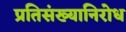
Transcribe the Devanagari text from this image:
प्रतिसंख्यानिरोध